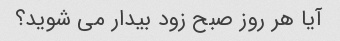
آیا هر روز صبح زود بیدار می شوید؟